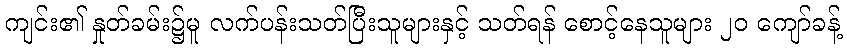
ကျင်း၏ နှုတ်ခမ်း၌မူ လက်ပန်းသတ်ပြီးသူများနှင့် သတ်ရန် စောင့်နေသူများ ၂၀ ကျော်ခန့်